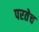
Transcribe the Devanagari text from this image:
परतेच